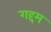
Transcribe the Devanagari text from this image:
गद्दम